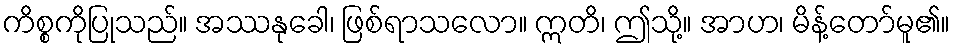
ကိစ္စကိုပြုသည်။ အဿနုခေါ၊ ဖြစ်ရာသလော။ ဣတိ၊ ဤသို့။ အာဟ၊ မိန့်တော်မူ၏။